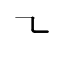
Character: ㇍